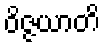
ဝိဇ္ဇယာတိ